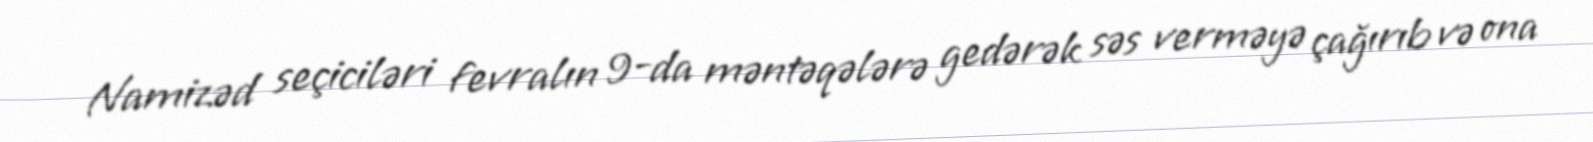
Namizəd seçiciləri fevralın 9-da məntəqələrə gedərək səs verməyə çağırıb və ona